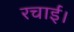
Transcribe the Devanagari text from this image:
रचाईं।